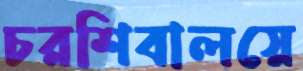
চরশিবালয়ে